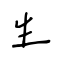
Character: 生